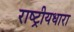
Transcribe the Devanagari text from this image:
राष्ट्रीयधारा